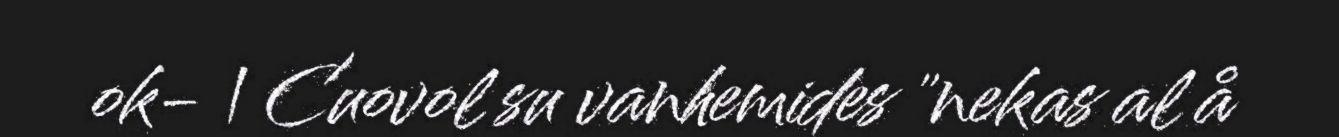
ok- | Cuovol su vanhemides "nekas al å